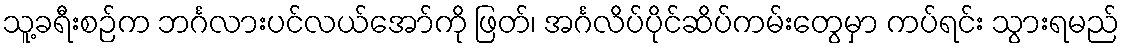
သူ့ခရီးစဉ်က ဘင်္ဂလားပင်လယ်အော်ကို ဖြတ်၊ အင်္ဂလိပ်ပိုင်ဆိပ်ကမ်းတွေမှာ ကပ်ရင်း သွားရမည်